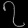
Digit: ၇